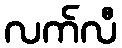
လက်လီ